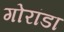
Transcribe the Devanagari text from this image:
गोरांडा